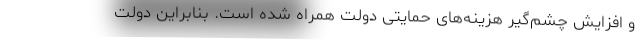
و افزایش چشم‌گیر هزینه‌های حمایتی دولت همراه شده است. بنابراین دولت